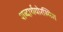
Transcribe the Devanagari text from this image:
शब्दार्थयोरस्थिरा